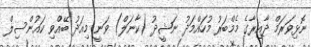
ނޮޅިވަރަމް ދާއިރާގެ މެމްބަރު މުހައްމަދު ނަޝީދު (ކާނަލް) ވަނީ މިއަދު ބޭއްވި ކައުންސިލް